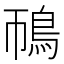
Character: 鳾